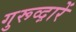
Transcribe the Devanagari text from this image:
गुरूव्‍द़ारें